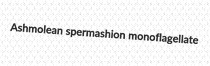
Ashmolean spermashion monoflagellate